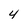
Character: 4